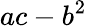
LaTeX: ac-b^{2}